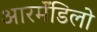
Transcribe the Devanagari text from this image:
आरर्मॅडिलो